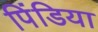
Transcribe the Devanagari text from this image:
पिंडिया